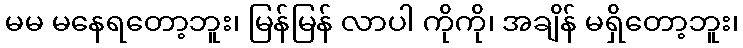
မမ မနေရတော့ဘူး၊ မြန်မြန် လာပါ ကိုကို၊ အချိန် မရှိတော့ဘူး၊